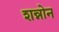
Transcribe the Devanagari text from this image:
शन्नोन